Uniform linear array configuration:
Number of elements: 32
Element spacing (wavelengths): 1
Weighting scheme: binomial
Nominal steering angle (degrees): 60
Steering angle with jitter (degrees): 61.032
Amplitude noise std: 0.05
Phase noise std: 0.05

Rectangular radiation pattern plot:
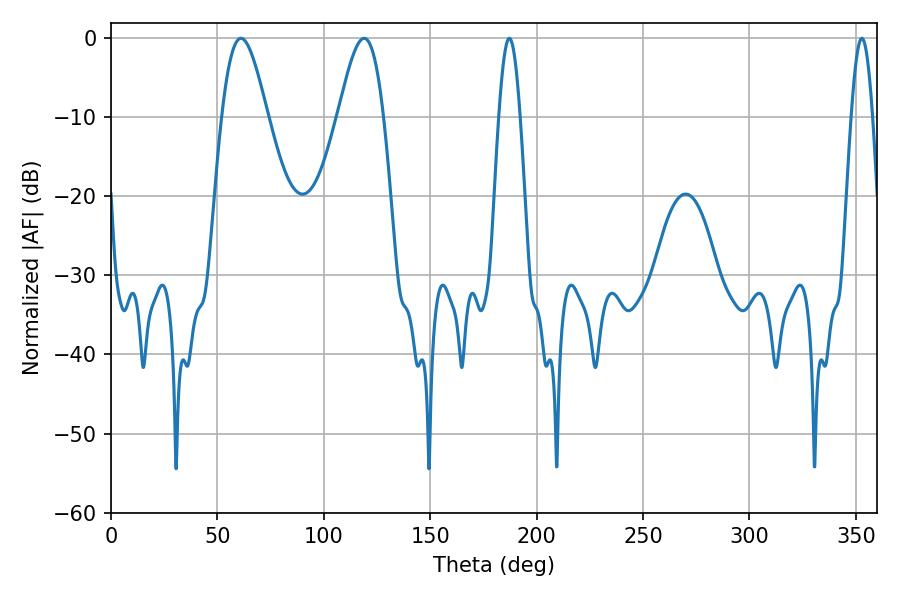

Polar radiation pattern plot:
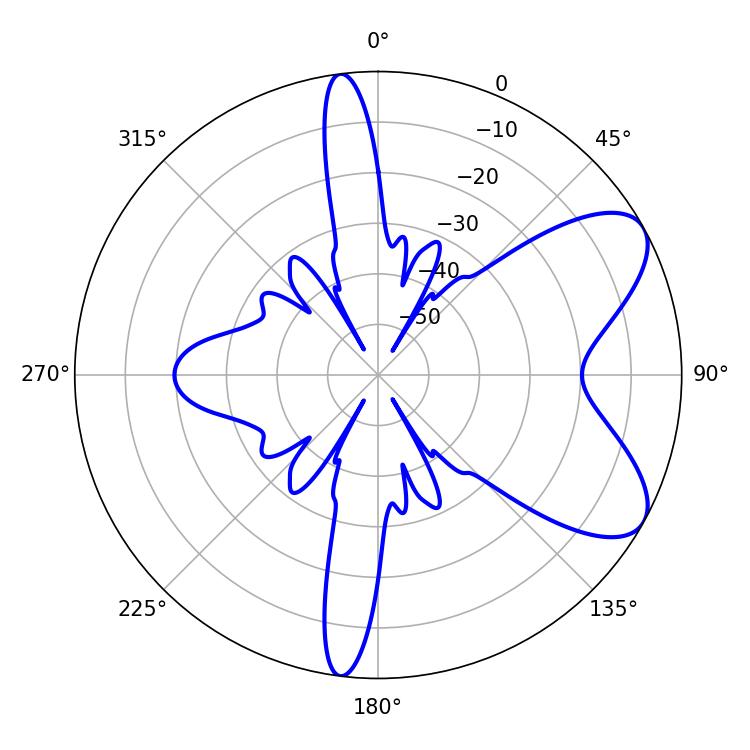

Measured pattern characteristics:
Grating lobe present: TRUE
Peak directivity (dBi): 7.392
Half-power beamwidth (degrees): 11.34
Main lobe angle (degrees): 61.02